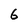
Character: 6